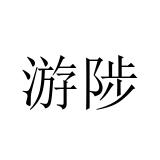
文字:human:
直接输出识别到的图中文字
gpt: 游陟